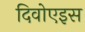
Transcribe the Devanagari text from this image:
दिवोएइस